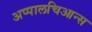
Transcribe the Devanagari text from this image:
अप्पालचिआन्स